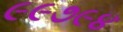
૯૯૭૯૪